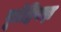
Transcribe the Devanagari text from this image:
पूत्रेष्ठियज्ञ